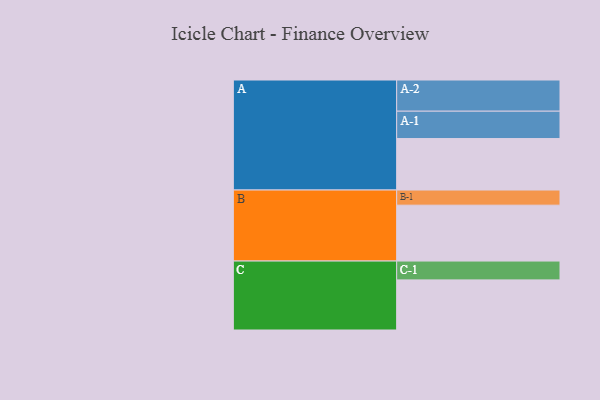
{"axis": {"x": "Segment", "y": "Value"}, "legend": ["", "A", "B", "C"], "data": [{"x": "A", "y": 421, "type": ""}, {"x": "B", "y": 457, "type": ""}, {"x": "C", "y": 410, "type": ""}, {"x": "A-1", "y": 224, "type": "A"}, {"x": "A-2", "y": 255, "type": "A"}, {"x": "B-1", "y": 124, "type": "B"}, {"x": "C-1", "y": 154, "type": "C"}]}